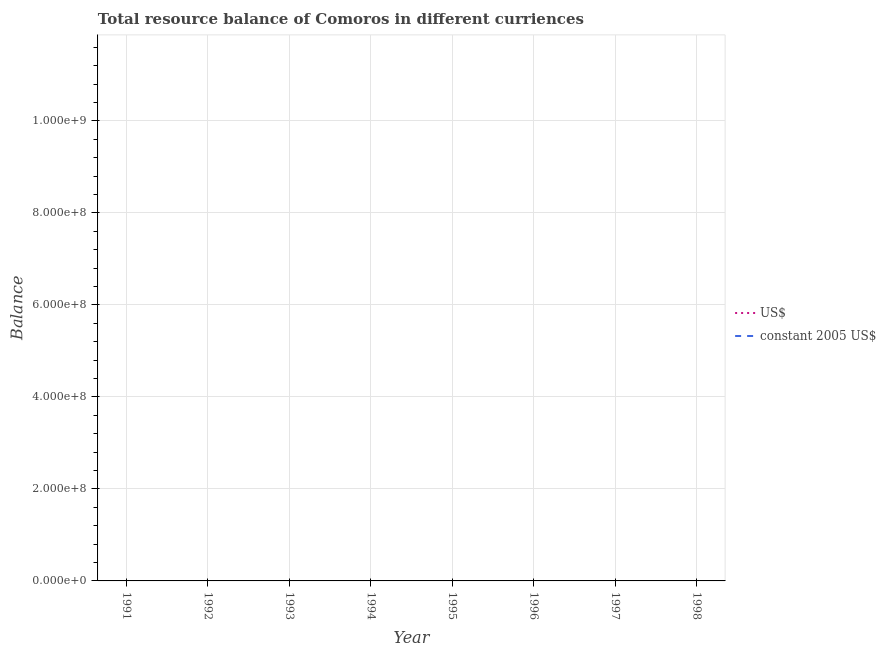
| Year | US$ | constant 2005 US$ |
 | --- | --- | --- |
 | 1991 | -4.49e+07 | -1.27e+10 |
 | 1992 | -6.34e+07 | -1.68e+10 |
 | 1993 | -4.68e+07 | -1.32e+10 |
 | 1994 | -5.05e+07 | -2.1e+10 |
 | 1995 | -5.75e+07 | -2.15e+10 |
 | 1996 | -5.31e+07 | -2.04e+10 |
 | 1997 | -5.28e+07 | -2.31e+10 |
 | 1998 | -5.58e+07 | -2.47e+10 |